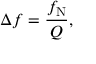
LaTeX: \Delta f = { \frac { f _ { \mathrm { N } } } { Q } } ,